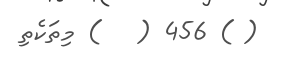
( ) 456 (   ) މިތަކެތި